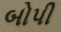
બોપી